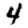
Digit: 4